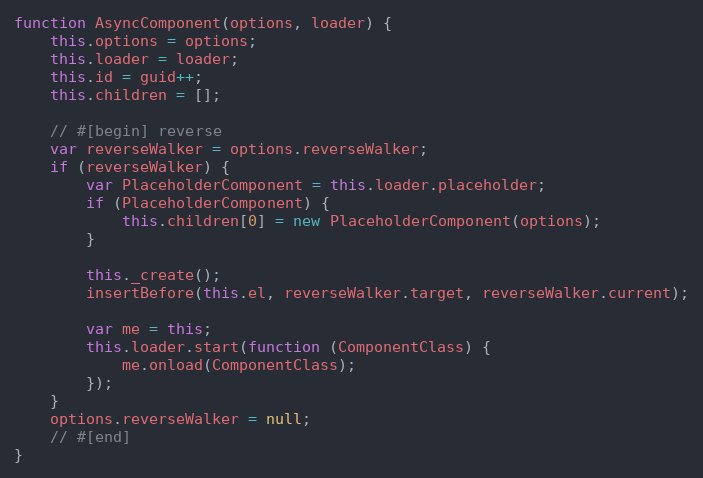
Language: JavaScript
function AsyncComponent(options, loader) {
    this.options = options;
    this.loader = loader;
    this.id = guid++;
    this.children = [];

    // #[begin] reverse
    var reverseWalker = options.reverseWalker;
    if (reverseWalker) {
        var PlaceholderComponent = this.loader.placeholder;
        if (PlaceholderComponent) {
            this.children[0] = new PlaceholderComponent(options);
        }

        this._create();
        insertBefore(this.el, reverseWalker.target, reverseWalker.current);

        var me = this;
        this.loader.start(function (ComponentClass) {
            me.onload(ComponentClass);
        });
    }
    options.reverseWalker = null;
    // #[end]
}